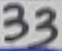
Text: 33